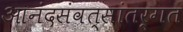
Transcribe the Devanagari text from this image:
आनंदसंवत्सांतर्गत